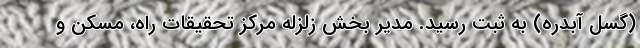
(گسل آبدره) به ثبت رسید. مدیر بخش زلزله مرکز تحقیقات راه، مسکن و